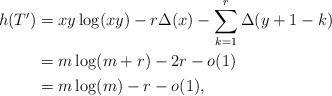
LaTeX: \begin{align*} h(T')&=xy \log(xy) - r \Delta(x) -\sum_{k=1}^{r} \Delta(y+1-k)\\ &= m\log(m+r) -2r -o(1)\\ &= m\log(m)-r-o(1), \end{align*}